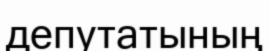
депутатының